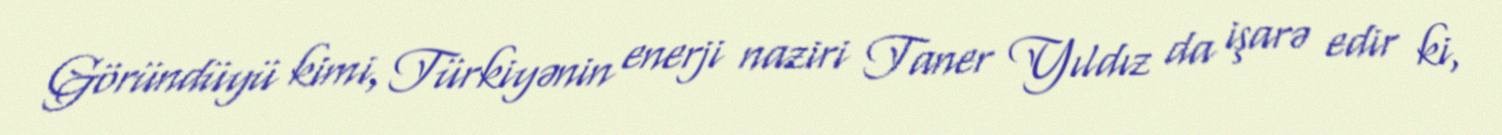
Göründüyü kimi, Türkiyənin enerji naziri Taner Yıldız da işarə edir ki,